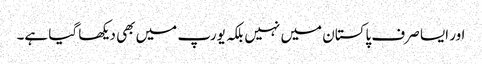
اور ایسا صرف پاکستان میں نہیں بلکہ یورپ میں بھی دیکھا گیا ہے۔